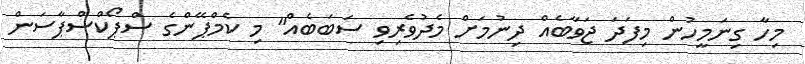
މިހާ ގިނަމީހުން މިފަދަ ޖަވާބެއް ދިނުމަށް މެދުވެރިވި ސަބަބެއް" މި ކެމްޕޭންގެ ސްޕޯކްސްޕާސަން